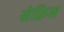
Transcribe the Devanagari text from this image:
सेक्रिस